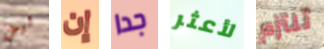
ليس إن جدا لأعثر تلتزم